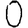
Digit: 0